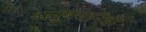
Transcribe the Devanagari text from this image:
अनुषंगानेही